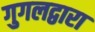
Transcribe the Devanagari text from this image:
गुगलद्वारा